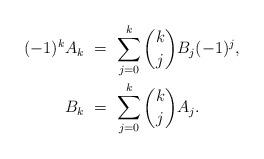
LaTeX: \begin{align*} (-1)^k A_k \ &= \ \sum_{j=0}^k \binom{k}{j}B_j (-1)^j, \\ B_k \ &= \ \sum_{j=0}^k \binom{k}{j}A_j. \end{align*}